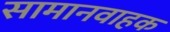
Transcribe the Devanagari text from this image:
सामानवाहक